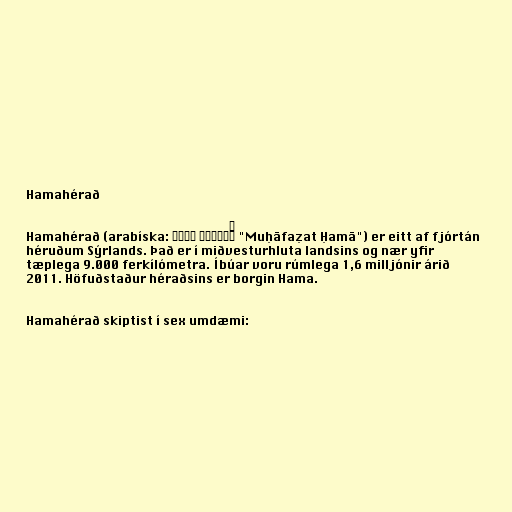
Hamahérað

Hamahérað (arabíska: مُحافظة حماة‎ "Muḥāfaẓat Ḥamā") er eitt af fjórtán
héruðum Sýrlands. Það er í miðvesturhluta landsins og nær yfir
tæplega 9.000 ferkílómetra. Íbúar voru rúmlega 1,6 milljónir árið
2011. Höfuðstaður héraðsins er borgin Hama.

Hamahérað skiptist í sex umdæmi: